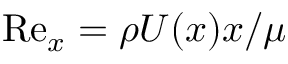
\mathrm { R e } _ { x } = \rho U ( x ) x / \mu